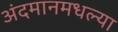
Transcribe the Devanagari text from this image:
अंदमानमधल्या